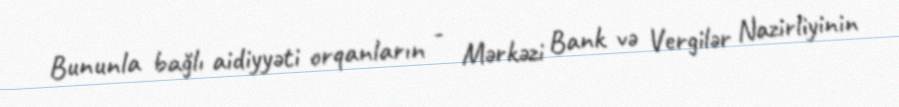
Bununla bağlı aidiyyəti orqanların - Mərkəzi Bank və Vergilər Nazirliyinin